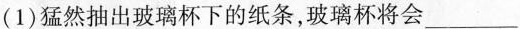
（1)猛然抽出玻璃杯下的纸条，玻璃杯将会___